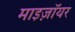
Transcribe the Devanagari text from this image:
माइज़ॉयर